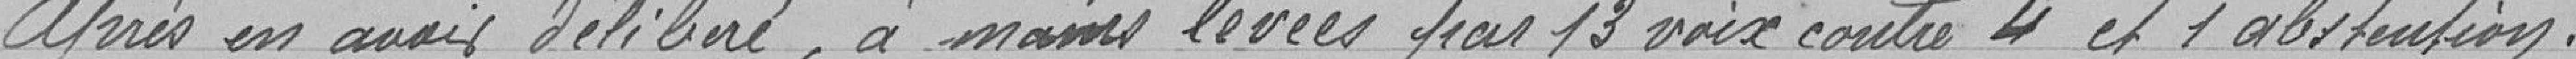
Après en avoir délibéré, à main levée par 13 voix contre 4 et 1 absentention